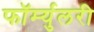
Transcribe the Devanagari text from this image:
फॉर्म्युलरी